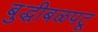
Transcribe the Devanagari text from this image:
बुद्धीबळपटू